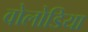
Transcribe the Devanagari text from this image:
वोलोडिया